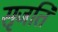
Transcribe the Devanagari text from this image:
सृजति